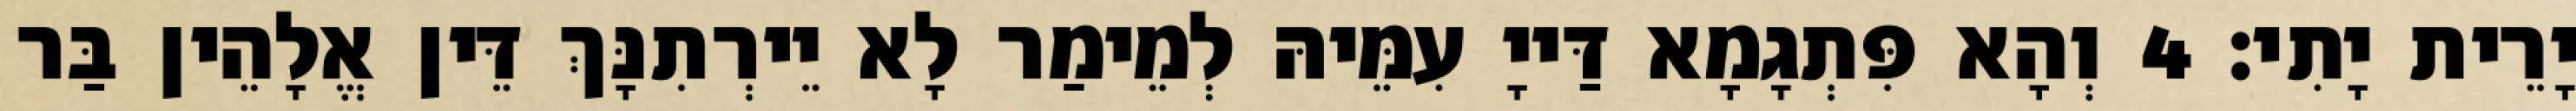
יָרֵית יָתִי׃ 4 וְהָא פִּתְגָמָא דַּייָ עִמֵּיהּ לְמֵימַר לָא יֵירְתִנָּךְ דֵּין אֱלָהֵין בַּר